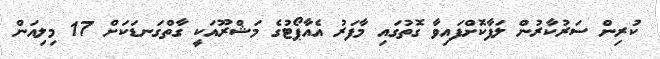
ކުރިން ސަރުކާރުން ލަފާކޮށްފައިވާ ގޮތުގައި މާފަރު އެއާޕޯޓުގެ މަޝްރޫއަކީ ގާތްގަނޑަކަށް 17 މިލިއަން